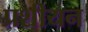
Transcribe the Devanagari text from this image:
प्रशीयन